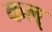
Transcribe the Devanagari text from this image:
कल्‌